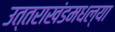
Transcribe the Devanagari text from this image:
उत्तराखंडमधल्या